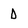
Character: D